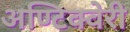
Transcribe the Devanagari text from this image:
अण्टिक्वेरी